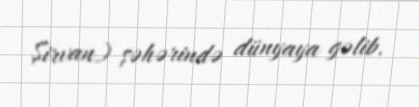
Şirvan) şəhərində dünyaya gəlib.